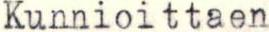
Kunnioittaen